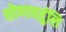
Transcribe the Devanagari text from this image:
शोणावर्तुलि